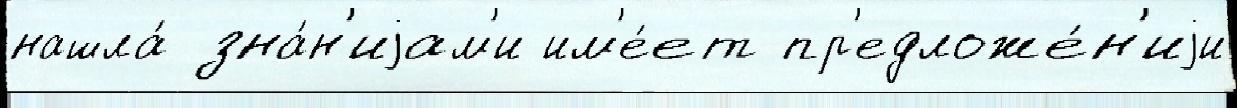
нашла́ зна́н'иjам'и им'е́ет пр'едложе́н'иjи